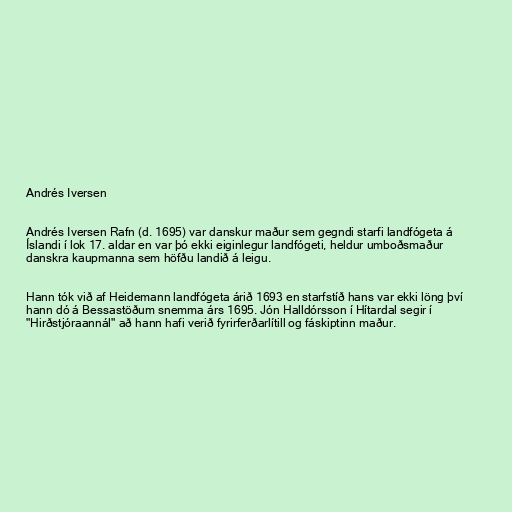
Andrés Iversen

Andrés Iversen Rafn (d. 1695) var danskur maður sem gegndi starfi landfógeta á
Íslandi í lok 17. aldar en var þó ekki eiginlegur landfógeti, heldur umboðsmaður
danskra kaupmanna sem höfðu landið á leigu.

Hann tók við af Heidemann landfógeta árið 1693 en starfstíð hans var ekki löng því
hann dó á Bessastöðum snemma árs 1695. Jón Halldórsson í Hítardal segir í
"Hirðstjóraannál" að hann hafi verið fyrirferðarlítill og fáskiptinn maður.